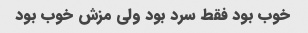
خوب بود فقط سرد بود ولی مزش خوب بود